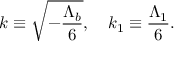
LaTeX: k \equiv \sqrt { - \frac { \Lambda _ { b } } { 6 } } , \ \ \ k _ { 1 } \equiv \frac { \Lambda _ { 1 } } { 6 } .